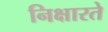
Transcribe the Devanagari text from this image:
निक्षारते